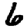
Digit: 6